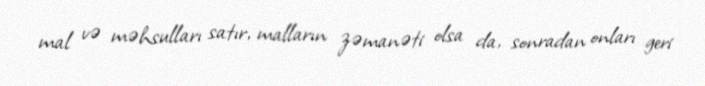
mal və məhsulları satır, malların zəmanəti olsa da, sonradan onları geri